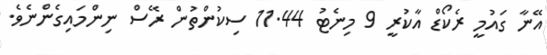
އޭނާ ގައުމީ ރެކޯޑް އާކުރީ 9 މިނެޓު 11.44 ސިކުންތުން ރޭސް ނިންމައިގެންނެވެ.